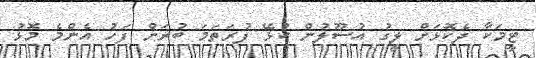
ޓީމަކާ ދެކޮޅަށް ލީގު އުސޫލުން ކުޅޭ ފުރަތަމަ ބުރަށް ފަހު އެންމެ މޮޅު